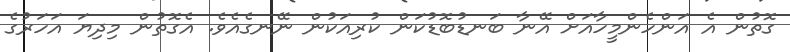
ގޮތުން އެ އަންހެންމީހާއަށް އޭނާ ބަނޑުބޮޑުކަން ކުރިއަކުން ނޭނގެއެވެ. އެގޮތުން މިދިޔަ އަހަރުގެ